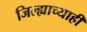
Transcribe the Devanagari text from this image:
जिल्ह्याच्याही